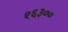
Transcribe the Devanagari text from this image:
१६३००